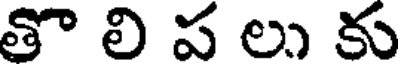
తొ లి ప లు కు